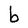
Character: b